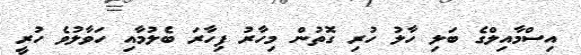
އިސްމާއިލްގެ ބަލި ހާލު ހުރި ގޮތުން މިހާރު ފިހާރަ ބެލުމާއި ހަވާލުވެ ހުރީ